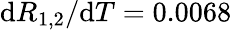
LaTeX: \mathrm{d}R_{1,2}/\mathrm{d}T=0.0068